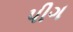
પીગ